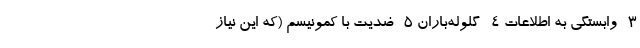
3- وابستگی به اطلاعات 4- گلوله‌باران 5- ضدیت با کمونیسم (که این نیاز